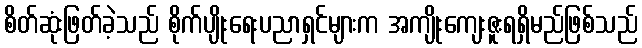
စိတ်ဆုံးဖြတ်ခဲ့သည် စိုက်ပျိုးရေးပညာရှင်များက အကျိုးကျေးဇူးရရှိမည်ဖြစ်သည်